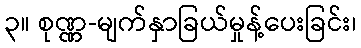
၃။ စုဏ္ဏ-မျက်နှာခြယ်မှုန့်ပေးခြင်း၊